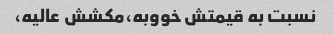
نسبت به قیمتش خووبه،مکشش عالیه،